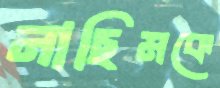
নাছিমকে